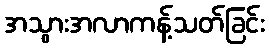
အသွားအလာကန့်သတ်ခြင်း